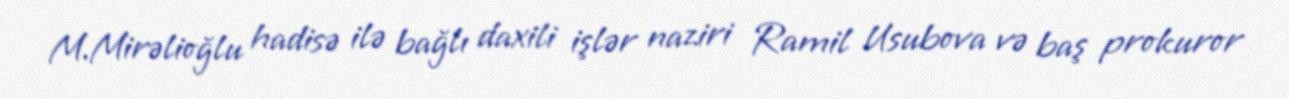
M.Mirəlioğlu hadisə ilə bağlı daxili işlər naziri Ramil Usubova və baş prokuror